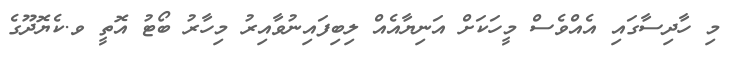
މި ހާދިސާގައި އެއްވެސް މީހަކަށް އަނިޔާއެއް ލިބިފައިނުވާއިރު މިހާރު ބޯޓު އޮތީ ވ.ކެޔޮދޫގެ